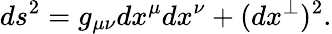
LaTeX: ds^{2}=g_{\mu\nu}dx^{\mu}dx^{\nu}+(dx^{\perp})^{2}.